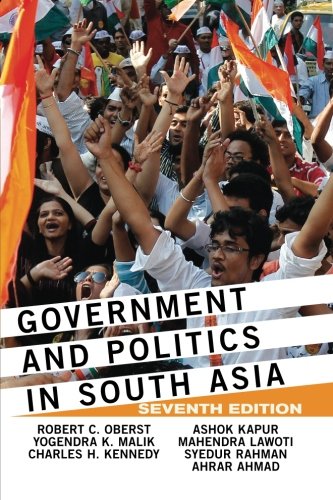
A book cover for Government and Politics in South Asia; Robert C Oberst; Law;